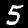
Digit: 5